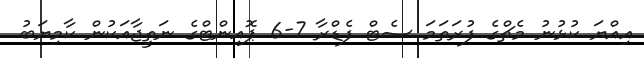
އިއްޔަ ކުޅުނު މެޗްގެ ފުރަތަމަ ސެޓް ފެޑްރާ 7-6 ޕޮއިންޓްގެ ނަތީޖާއަކުން ކާމިޔަބު